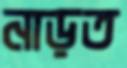
নাড়ত